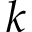
k